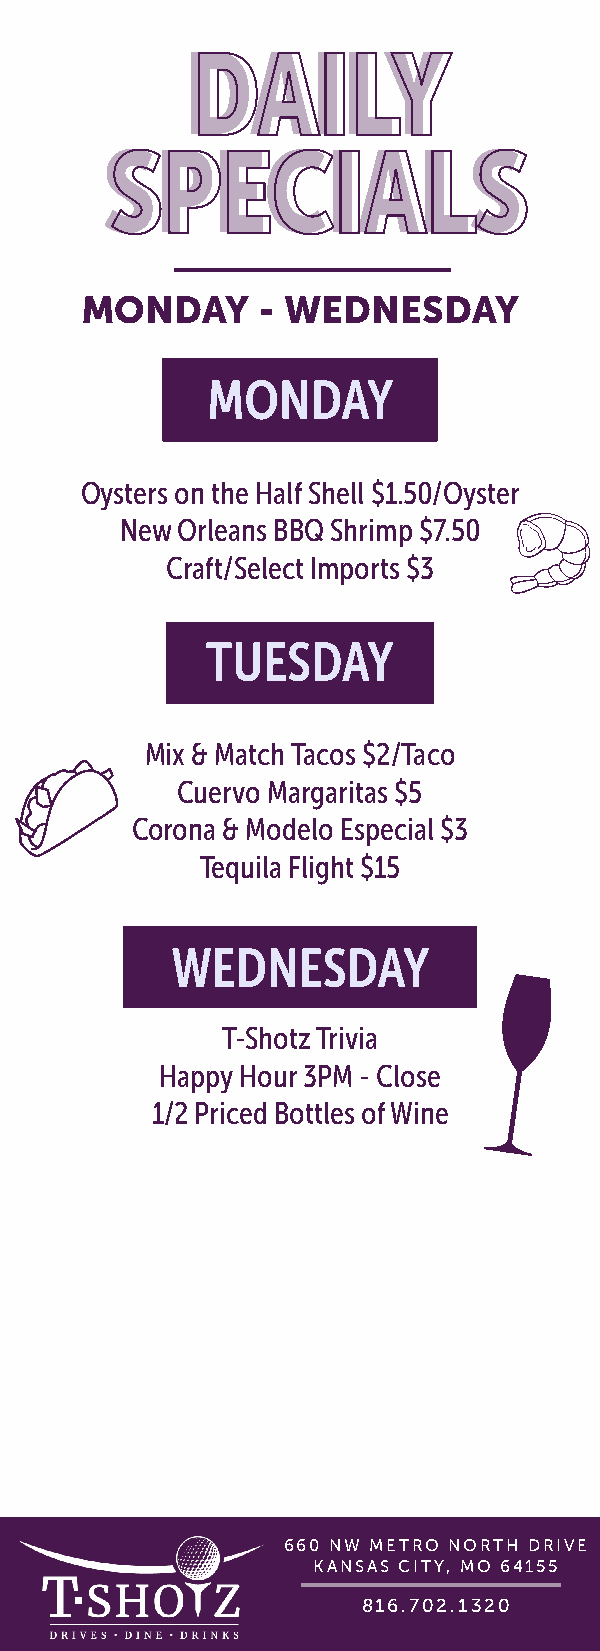
DDAAIILLYY
 SSPPEECCIIAALLSS
 MONDAY      - WEDNESDAY
 MONDAY
 Oysters on the Half Shell $1.50/Oyster
 New Orleans BBQ Shrimp $7.50
 Craft/Select Imports $3
 TUESDAY
 Mix & Match Tacos $2/Taco
 Cuervo Margaritas $5
 Corona & Modelo Especial $3
 Tequila Flight $15
 WEDNESDAY
 T-Shotz Trivia
 Happy Hour 3PM - Close
 1/2 Priced Bottles of Wine
 660 NW METRO NORTH DRIVE
 KANSAS CITY, MO 64155
 816.702.1320